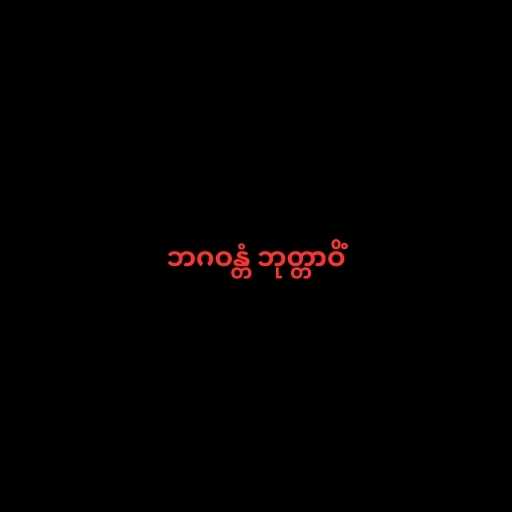
ဘဂဝန္တံ ဘုတ္တာဝိံ